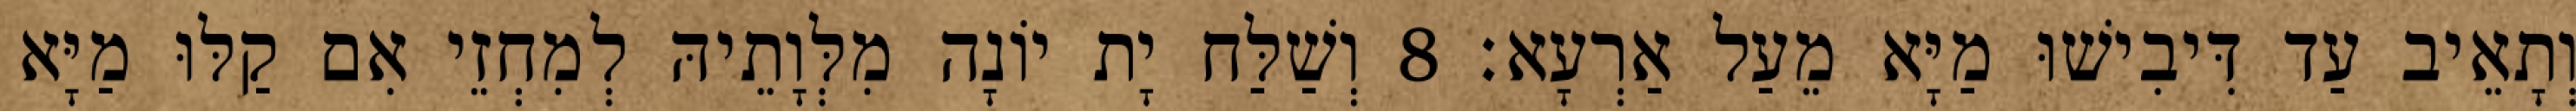
וְתָאֵיב עַד דִּיבִישׁוּ מַיָּא מֵעַל אַרְעָא׃ 8 וְשַׁלַּח יָת יוֹנָה מִלְּוָתֵיהּ לְמִחְזֵי אִם קַלּוּ מַיָּא